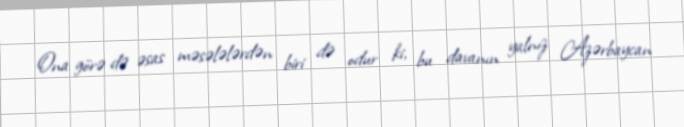
Ona görə də əsas məsələlərdən biri də odur ki, bu davanın yalnız Azərbaycan